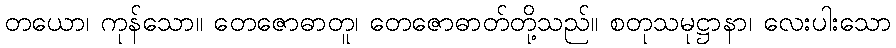
တယော၊ ကုန်သော။ တေဇောဓာတူ၊ တေဇောဓာတ်တို့သည်။ စတုသမုဋ္ဌာနာ၊ လေးပါးသော